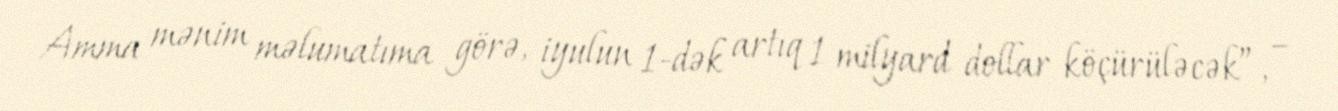
Amma mənim məlumatıma görə, iyulun 1-dək artıq 1 milyard dollar köçürüləcək”, –